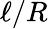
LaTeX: \ell/R